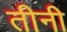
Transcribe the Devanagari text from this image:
तीनी